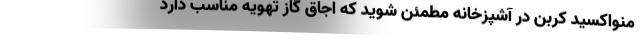
منواکسید کربن در آشپزخانه مطمئن شوید که اجاق گاز تهویه مناسب دارد